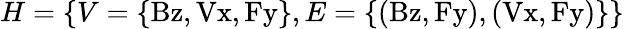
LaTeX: H=\{ V=\{ \mathrm{Bz,Vx,Fy}\} ,E=\{ \mathrm{(Bz,Fy),(Vx,Fy)}\} \}